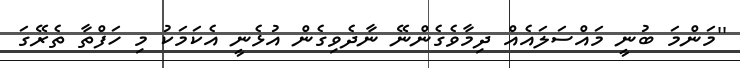
''މަންމަ ބުނީ މައްސަލައެއް ދިމާވެގެންނޭ ނާދެވިގެން އުޅެނީ އެކަމަކު މި ހަފްތާ ތެރޭގަ